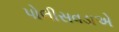
પોલીસવડાએ